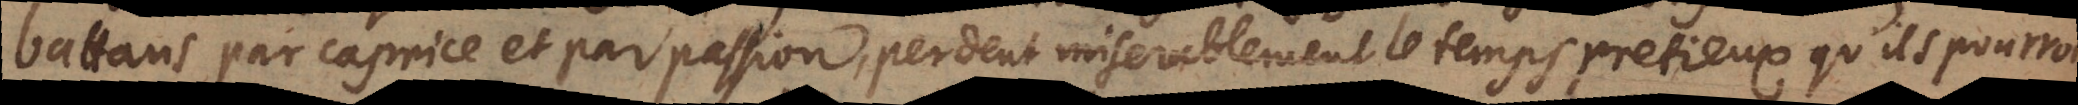
battans par caprice et par passion, perdent miserablement le temps pretieux qu’ils pourroient